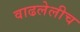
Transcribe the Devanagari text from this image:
वाढलेलीच